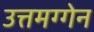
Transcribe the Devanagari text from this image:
उत्तमग्गेन